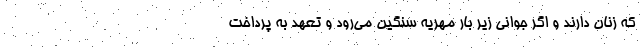
که زنان دارند و اگر جوانی زیر بار مهریه سنگین می‌رود و تعهد به پرداخت